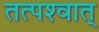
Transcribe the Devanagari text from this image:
तत्‍पश्‍वात्